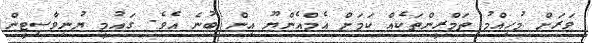
ވަރަށް މުހިއްމު ތަމްރީންތަކެއް ކަމަށް އެމްއެންޔޫ އިން ބުނެ އެވެ. ގައުމީ ޔުނިވާސިޓީން